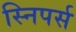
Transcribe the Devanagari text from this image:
स्निपर्स